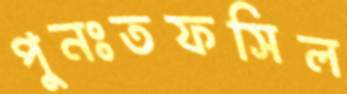
পুনঃতফসিল